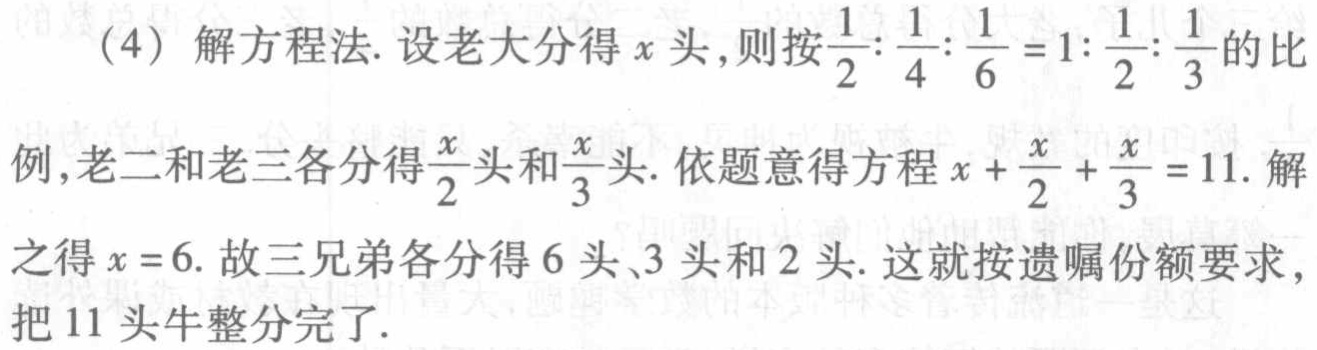
（4）解方程法. 设老大分得\(x\)头,则按\(\frac{1}{2}:\frac{1}{4}:\frac{1}{6}=1:\frac{1}{2}:\frac{1}{3}\)的比例,老二和老三各分得\(\frac{x}{2}\)头和\(\frac{x}{3}\)头. 依题意得方程\(x + \frac{x}{2} + \frac{x}{3} = 11\). 解之得\(x = 6\). 故三兄弟各分得\(6\)头、\(3\)头和\(2\)头. 这就按遗嘱份额要求，把\(11\)头牛整分完了.